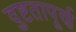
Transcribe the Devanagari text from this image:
दुष्टतापूर्ण